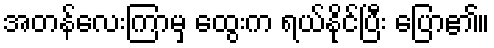
အတန်လေးကြာမှ ထွေးက ရယ်နိုင်ပြီး ပြော၏။